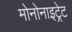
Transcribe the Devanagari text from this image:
मोनोनाइट्रेट